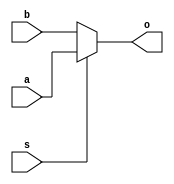
module MUX
(	
	input[63:0] a,
	input[63:0] b,
	input s,
	output reg[63:0] o
);

	always @ (s or a or b)
	begin
		if (s)
			o <= a;
		else
			o <= b;
	end
	
endmodule